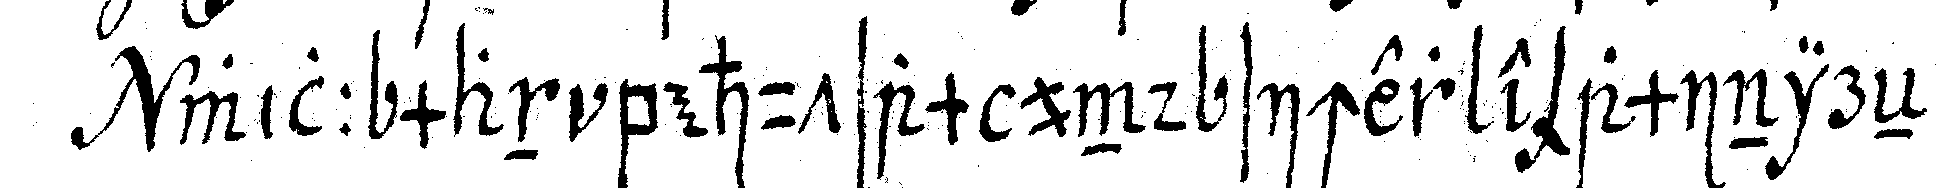
will man behutsam und sicher examinireN